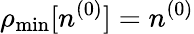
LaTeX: \rho_{\mathrm{min}}[n^{(0)}]=n^{(0)}